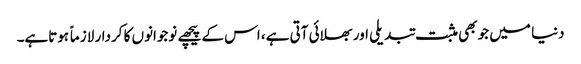
دنیا میں جو بھی مثبت تبدیلی اور بھلائی آتی ہے، اس کے پیچھے نوجوانوں کا کردار لازماً ہوتاہے۔